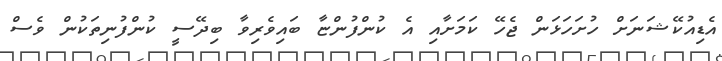
އެޑިއުކޭޝަނަށް ހުށަހަޅަން ޖެހޭ ކަމަށާއި އެ ކުންފުންޏާ ބައިވެރިވާ ބިދޭސީ ކުންފުނިތަކުން ވެސް